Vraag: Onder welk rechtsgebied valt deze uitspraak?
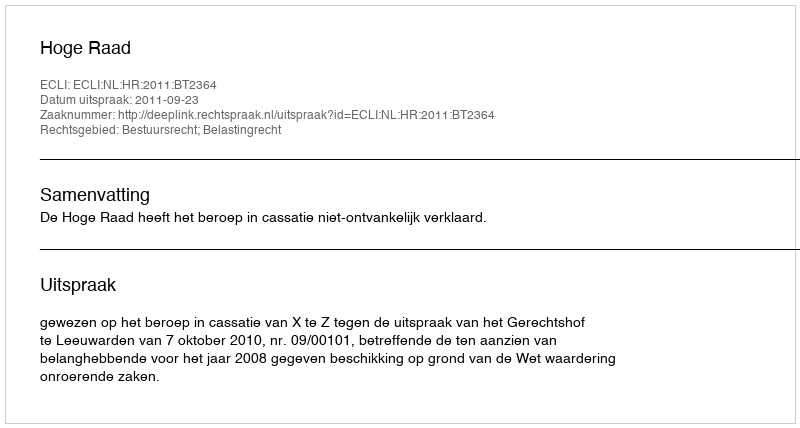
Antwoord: Bestuursrecht; Belastingrecht